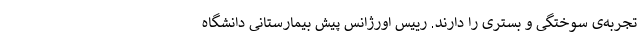
تجربه‌ی سوختگی و بستری را دارند. رییس اورژانس پیش بیمارستانی دانشگاه